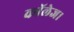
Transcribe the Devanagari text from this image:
कॉलेज।